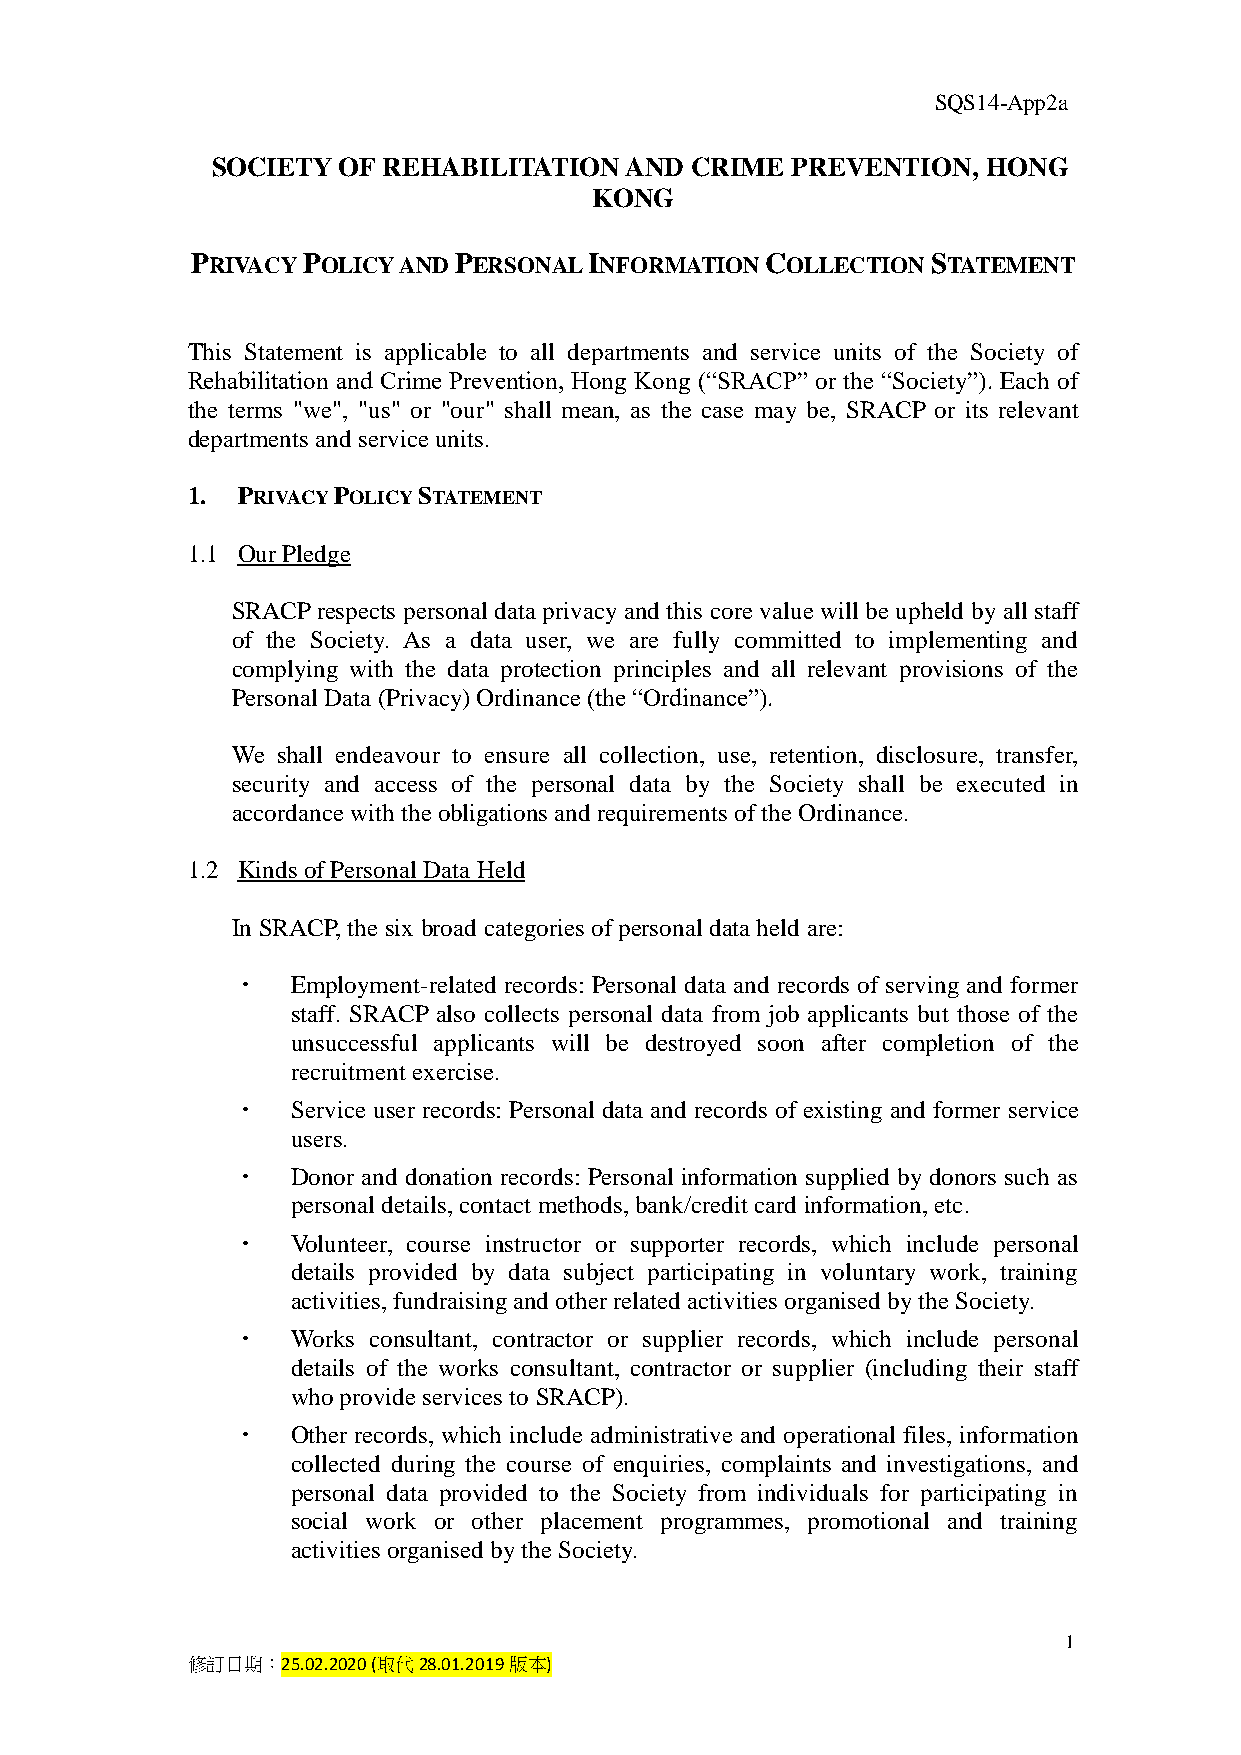
SQS14-App2a
 SOCIETY OF REHABILITATION  AND  CRIME PREVENTION,  HONG
 KONG
 PRIVACY POLICY AND PERSONAL INFORMATION COLLECTION STATEMENT
 This Statement is applicable to all departments and service units of the Society of
 Rehabilitation and Crime Prevention, Hong Kong (“SRACP” or the “Society”). Each of
 the terms "we", "us" or "our" shall mean, as the case may be, SRACP or its relevant
 departments and service units.
 1.  PRIVACY POLICY STATEMENT
 1.1 Our Pledge
 SRACP respects personal data privacy and this core value will be upheld by all staff
 of the Society. As a data user, we are fully committed to implementing and
 complying with the data protection principles and all relevant provisions of the
 Personal Data (Privacy) Ordinance (the “Ordinance”).
 We shall endeavour to ensure all collection, use, retention, disclosure, transfer,
 security and access of the personal data by the Society shall be executed in
 accordance with the obligations and requirements of the Ordinance.
 1.2 Kinds of Personal Data Held
 In SRACP, the six broad categories of personal data held are:
   Employment-related records: Personal data and records of serving and former
 staff. SRACP also collects personal data from job applicants but those of the
 unsuccessful applicants will be destroyed soon after completion of the
 recruitment exercise.
   Service user records: Personal data and records of existing and former service
 users.
   Donor and donation records: Personal information supplied by donors such as
 personal details, contact methods, bank/credit card information, etc.
   Volunteer, course instructor or supporter records, which include personal
 details provided by data subject participating in voluntary work, training
 activities, fundraising and other related activities organised by the Society.
   Works consultant, contractor or supplier records, which include personal
 details of the works consultant, contractor or supplier (including their staff
 who provide services to SRACP).
   Other records, which include administrative and operational files, information
 collected during the course of enquiries, complaints and investigations, and
 personal data provided to the Society from individuals for participating in
 social work or other placement programmes, promotional and training
 activities organised by the Society.
 1
 修訂日期：25.02.2020 (取代28.01.2019版本)